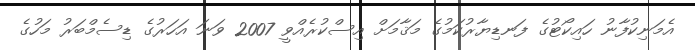
އެމަނިކުފާނު ހައިކޯޓުގެ ފަނޑިޔާރުކަމުގެ މަޤާމަށް އިސްކުރެއްވީ 2007 ވަނަ އަހަރުގެ ޑިސެމްބަރު މަހުގެ